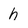
Character: h